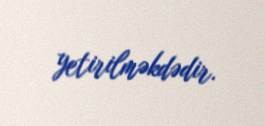
yetirilməkdədir.